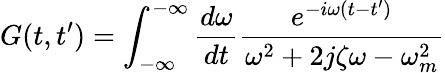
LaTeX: G(t,t^{\prime})=\int_{-\infty}^{-\infty}\frac{d\omega}{dt}\frac{e^{-i\omega(t-t^{\prime})}}{\omega^{2}+2j\zeta\omega-\omega_{m}^{2}}